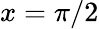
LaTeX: x=\pi/2